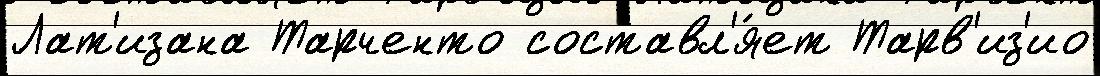
Лат'изана Тарченто составл'я́ет Тарв'из'ио